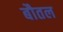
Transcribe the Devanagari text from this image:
बौतल